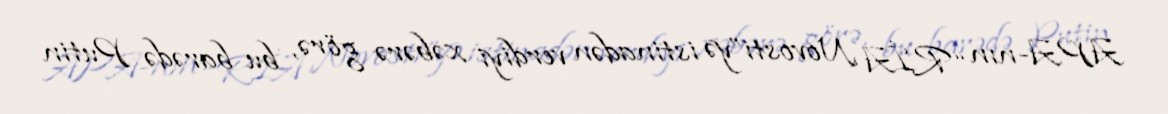
APA-nın “RİA Novosti”yə istinadən verdiyi xəbərə görə, bu barədə Putin